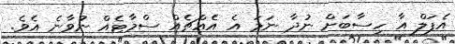
އެޕަލް އާ ހިސާބަށް ނުދާ ނަމަ އެ އެއްޗެއް ސްމާޓެއް ނުވާނެ އެވެ.